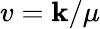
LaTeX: v=\mathbf{k}/\mu